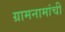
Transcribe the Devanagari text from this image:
ग्रामनामांची